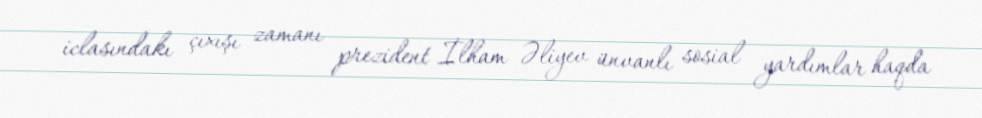
iclasındakı çıxışı zamanı prezident İlham Əliyev ünvanlı sosial yardımlar haqda